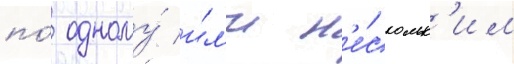
по́ одному́ и́л'и н'е́скольк'им